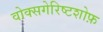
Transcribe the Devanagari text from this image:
वोक्सगेरिष्टशोफ़